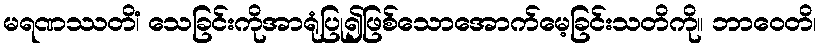
မရဏဿတိံ၊ သေခြင်းကိုအာရုံပြု၍ဖြစ်သောအောက်မေ့ခြင်းသတိကို။ ဘာဝေတိ၊